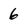
Character: 6